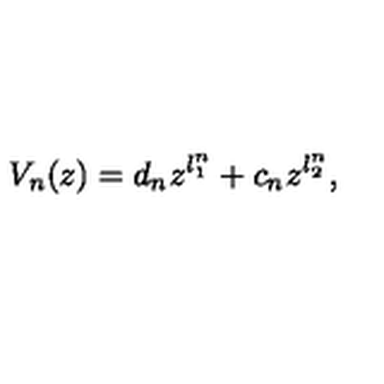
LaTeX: V _ { n } ( z ) = d _ { n } z ^ { l _ { 1 } ^ { n } } + c _ { n } z ^ { l _ { 2 } ^ { n } } ,